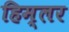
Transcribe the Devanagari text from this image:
हिम्लर